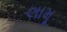
લામૂ